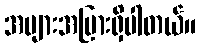
အများအပြားရှိပါတယ်။